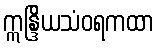
ဣန္ဒြိယသံဝရကထာ